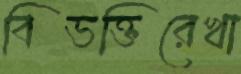
বিভক্তিরেখা